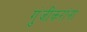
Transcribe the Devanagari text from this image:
गुंजीकरांना